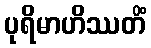
ပုရိမာဟိဿတိံ